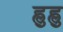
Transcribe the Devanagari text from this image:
ह्ळुह्ळु